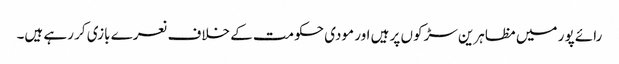
رائے پور میں مظاہرین سڑکوں پر ہیں اور مودی حکومت کے خلاف نعرے بازی کر رہے ہیں۔